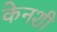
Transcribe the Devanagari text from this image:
केनशी